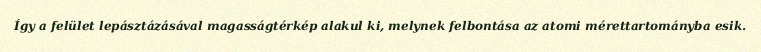
Így a felület lepásztázásával magasságtérkép alakul ki, melynek felbontása az atomi mérettartományba esik.